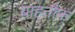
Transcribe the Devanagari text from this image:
बाहनौफ